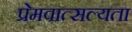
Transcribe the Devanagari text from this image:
प्रेमवात्सल्यता